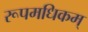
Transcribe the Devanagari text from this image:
रूपमधिकम्